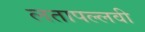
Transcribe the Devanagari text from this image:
लतापल्लवी